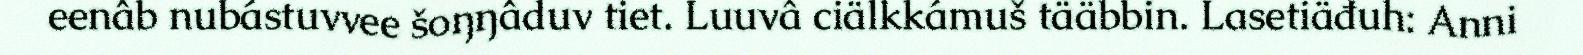
eenâb nubástuvvee šoŋŋâduv tiet. Luuvâ ciälkkámuš tääbbin. Lasetiäđuh: Anni